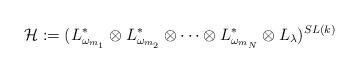
LaTeX: \begin{align*}\mathcal H:=(L^\ast_{\omega_{m_1}}\otimes L^\ast_{\omega_{m_2}}\otimes\cdots\otimes L^\ast_{\omega_{m_N}}\otimes L_\lambda)^{SL(k)}\end{align*}